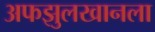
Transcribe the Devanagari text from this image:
अफझुलखानला